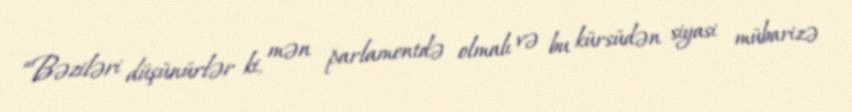
“Bəziləri düşünürlər ki, mən parlamentdə olmalı və bu kürsüdən siyasi mübarizə